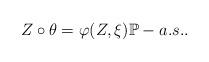
LaTeX: \begin{align*}Z \circ \theta = \varphi(Z, \xi) \mathbb{P}-a.s..\end{align*}